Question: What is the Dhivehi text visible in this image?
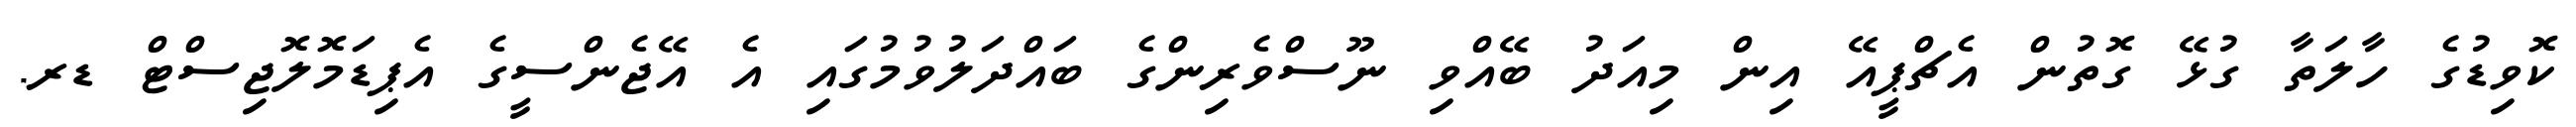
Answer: ކޮވިޑުގެ ހާލަތާ ގުޅޭ ގޮތުން އެޗްޕީއޭ އިން މިއަދު ބޭއްވި ނޫސްވެރިންގެ ބައްދަލުވުމުގައި އެ އޭޖެންސީގެ އެޕިޑަމޮލޮޖިސްޓް ޑރ.